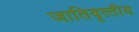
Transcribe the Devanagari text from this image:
जातिवृत्‍तीय